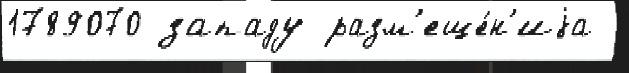
1789070 западу разм'еще́н'иjа